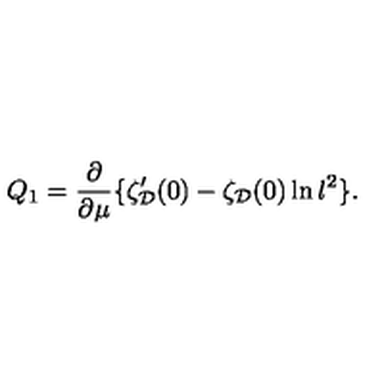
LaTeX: Q _ { 1 } = \frac { \partial } { \partial \mu } \{ \zeta _ { \cal D } ^ { \prime } ( 0 ) - \zeta _ { \cal D } ( 0 ) \ln l ^ { 2 } \} .